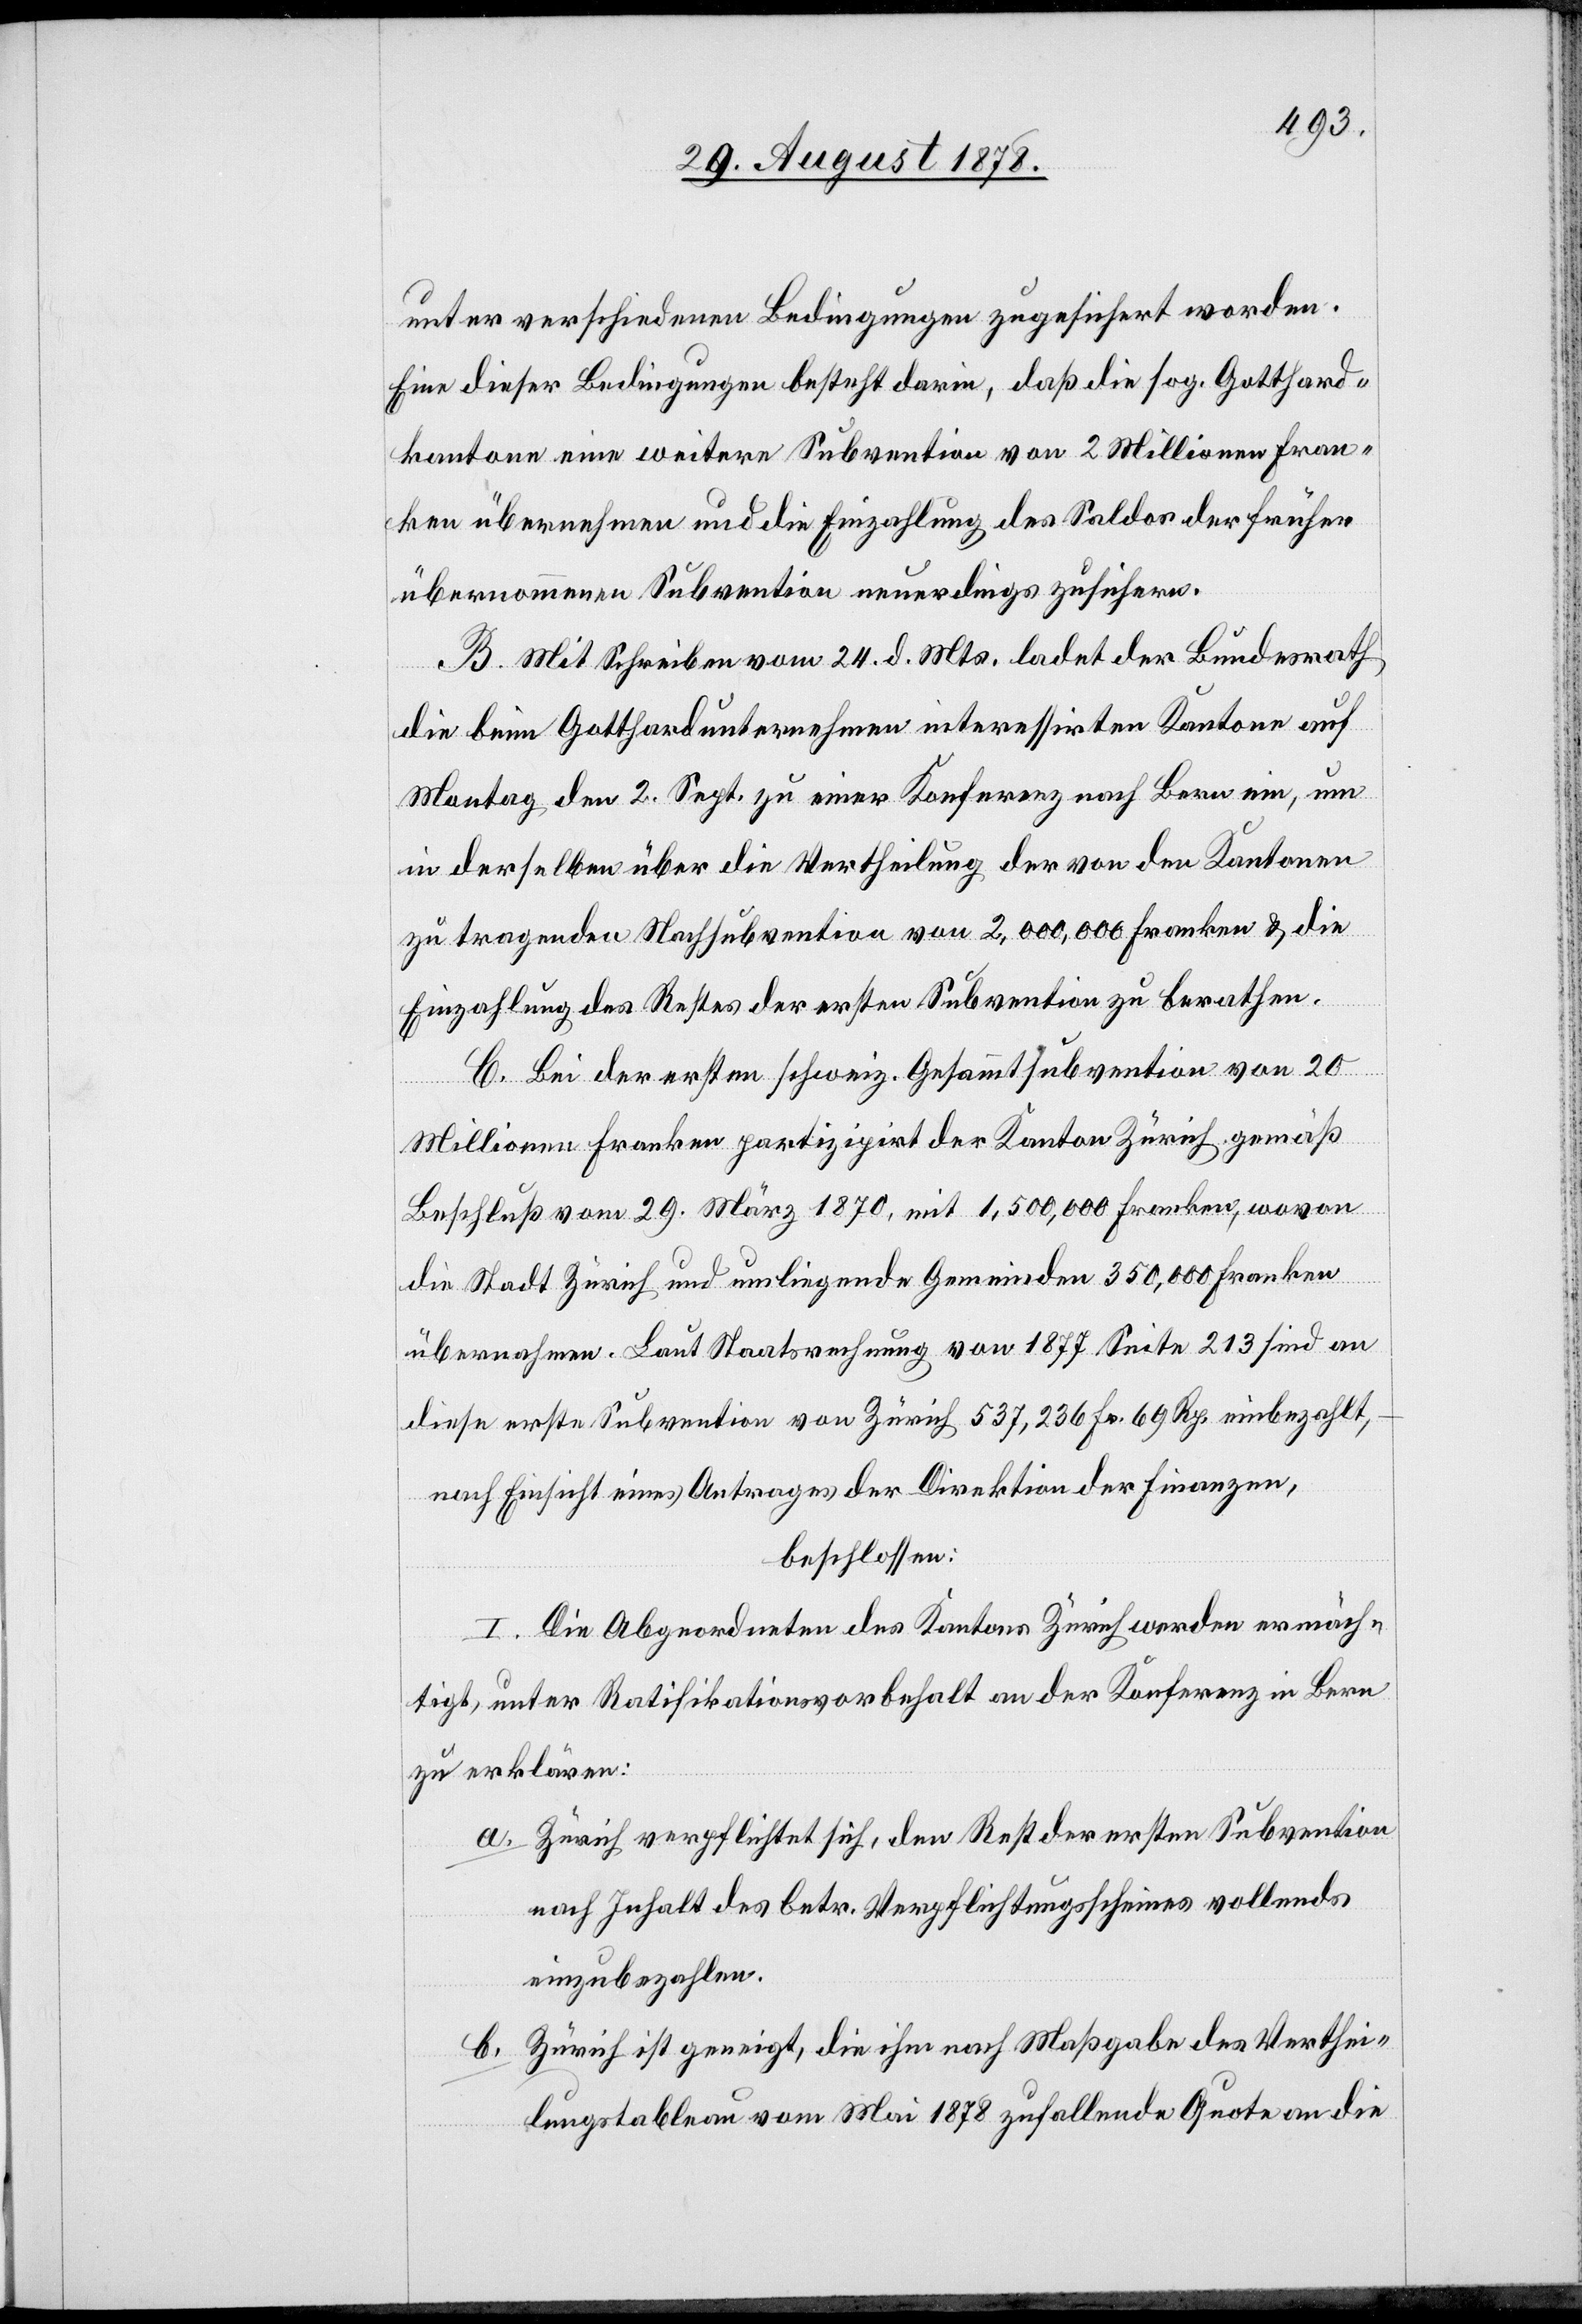
unter verschiedenen Bedingungen zugesichert worden.
Eine dieser Bedingungen besteht darin, daß die sog. Gotthard¬
kantone eine weitere Subvention von 2 Millionen Fran¬
ken übernehmen und die Einzahlung des Saldos der früher
übernommenen Subvention neuerdings zu sichern.
B. Mit Schreiben vom 24. d. Mts. ladet der Bundesrath
die beim Gotthardunternehmen interessirten Kantone auf
Montag den 2. Sept. zu einer Konferenz nach Bern ein, um
in derselben über die Vertheilung der von den Kantonen
zu tragende Nachsubvention von 2,000,000 Franken & die
Einzahlung des Restes der ersten Subvention zu berathen.
C. Bei der ersten schweiz. Gesammtsubvention von 20
Milionen Franken partizipirt der Kanton Zürich gemäß
Beschluß vom 29. März 1870, mit 1,500,000 Franken, wovon
die Stadt Zürich und umliegende Gemeinden 350,000 Franken
übernahmen. Laut Staatsrechnung von 1877 Seite 213 sind an
diese erste Subvention von Zürich 537,236 Fr. 69 Rp. einbezahlt,
nach Einsicht eines Antrages der Direktion der Finanzen,
beschlossen:
I. Die Abgeordneten des Kantons Zürich werden ermäch¬
tigt, unter Ratifikationsvorbehalt an der Konferenz in Bern
zu erklären:
Zürich verpflichtet sich, den Rest der ersten Subvention
nach Inhalt des betr. Verpflichtungsscheines vollends
einzubezahlen.
Zürich ist geneigt, die ihm nach Maßgabe des Verthei¬
lungstableau vom Mai 1878 zufallende Quote an die